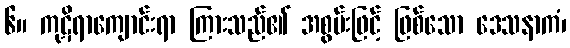
၆။ ကုဋိရာကျောင်းရာ ကြားသည်၏ အစွမ်းဖြင့် ဖြစ်သော ဒေသနာကံ၊